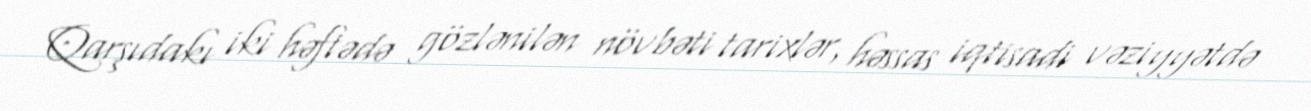
Qarşıdakı iki həftədə gözlənilən növbəti tarixlər, həssas iqtisadi vəziyyətdə